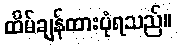
ထိမ်ချန်ထားပုံရသည်။